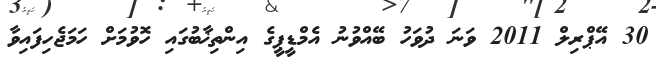
30 އޭޕްރިލް 2011 ވަނަ ދުވަހު ބޭއްވުނު އެމްޑީޕީގެ އިންތިޚާބުގައި ހޮވުމަށް ހަމަޖެހިފައިވާ